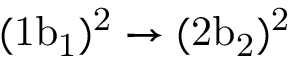
\mathrm { ( 1 b _ { 1 } ) ^ { 2 } \rightarrow ( 2 b _ { 2 } ) ^ { 2 } }